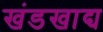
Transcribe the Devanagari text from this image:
खंडखाद्य